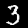
Label: 3